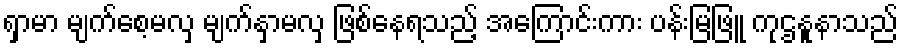
ရှာမာ မျက်စေ့မလှ မျက်နှာမလှ ဖြစ်နေရသည့် အကြောင်းကား ပန်းမြဖြူ ကုဌနူနာသည်